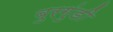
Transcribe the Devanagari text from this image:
बुरगुंडी